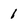
Character: 1